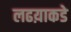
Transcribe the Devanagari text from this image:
लढय़ाकडे